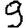
Digit: 9